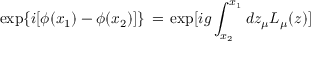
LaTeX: \exp \{ i [ \phi ( x _ { 1 } ) - \phi ( x _ { 2 } ) ] \} \, = \, \exp [ i g \int _ { x _ { 2 } } ^ { x _ { 1 } } d z _ { \mu } L _ { \mu } ( z ) ]